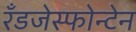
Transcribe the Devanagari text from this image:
रँडजेस्फोन्टेन